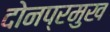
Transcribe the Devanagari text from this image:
दोनप्रमुख